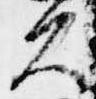
久